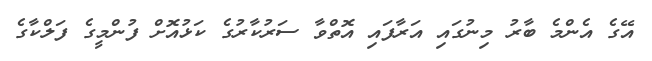
އޭގެ އެންމެ ބާރު މިނުގައި އަރާފައި އޮތްވާ ސަރުކާރުގެ ކަޅުއޮށް ފުންމީގެ ފަލްކާގެ